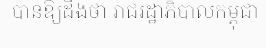
បានឱ្យដឹងថា រាជរដ្ឋាភិបាលកម្ពុជា